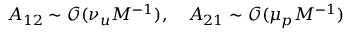
A _ { 1 2 } \sim \mathcal { O } ( \nu _ { u } M ^ { - 1 } ) , \quad A _ { 2 1 } \sim \mathcal { O } ( \mu _ { p } M ^ { - 1 } )